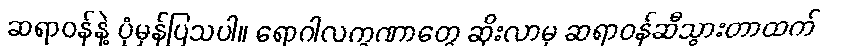
ဆရာဝန်နဲ့ ပုံမှန်ပြသပါ။ ရောဂါလက္ခဏာတွေ ဆိုးလာမှ ဆရာဝန်ဆီသွားတာထက်